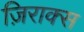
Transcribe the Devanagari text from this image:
ज़िराक्स